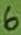
Text: 6